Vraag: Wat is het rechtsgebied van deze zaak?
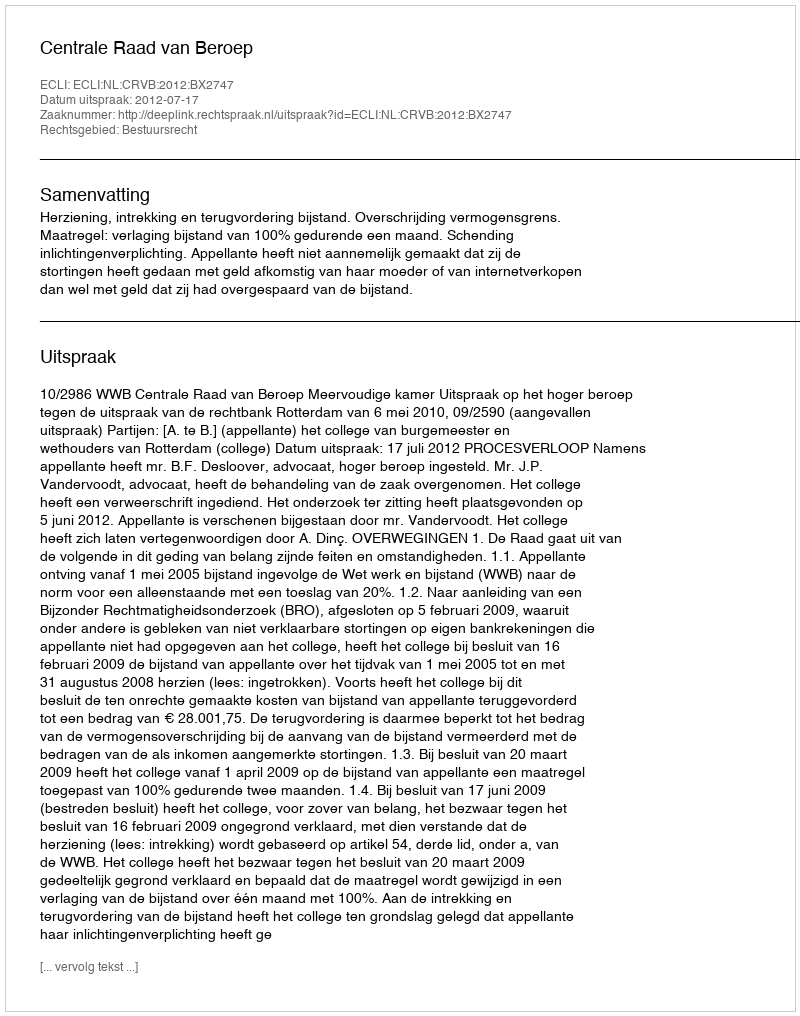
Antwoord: Bestuursrecht